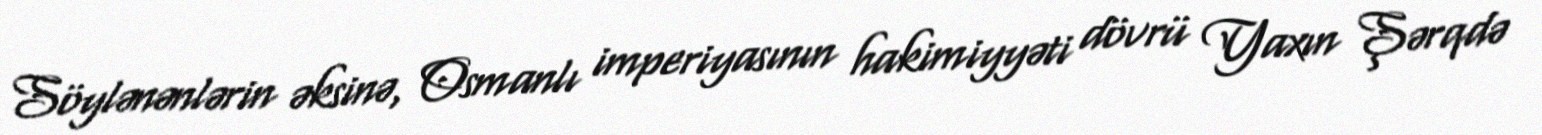
Söylənənlərin əksinə, Osmanlı imperiyasının hakimiyyəti dövrü Yaxın Şərqdə